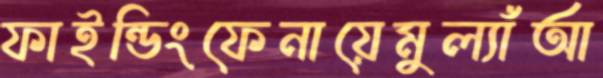
ফাইন্ডিংফেনায়েমুল্যাঁআ